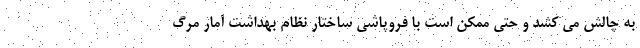
به چالش می کشد و حتی ممکن است با فروپاشی ساختار نظام بهداشت آمار مرگ